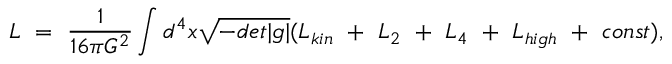
{ \cal L } ~ = ~ { \frac { 1 } { 1 6 \pi G ^ { 2 } } } \int d ^ { 4 } x \sqrt { - d e t | g | } ( { \cal L } _ { k i n } ~ + ~ { \cal L } _ { 2 } ~ + ~ { \cal L } _ { 4 } ~ + ~ { \cal L } _ { h i g h } ~ + ~ c o n s t ) ,